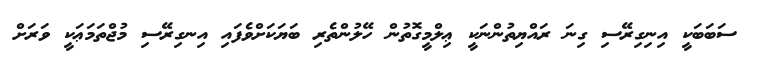
ސަބަބަކީ އިނިގިރޭސި ގިނަ ރައްޔިތުންނަކީ ޢިލްމީގޮތުން ހޭލުންތެރި ބަޔަކަށްވެފައި އިނގިރޭސި މުޖްތަމަޢަކީ ވަރަށް